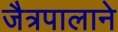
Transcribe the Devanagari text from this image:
जैत्रपालाने